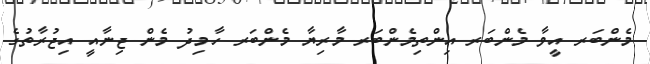
މެންބަރ އީވާ މެންބަރ އިންތިމެންބަރ މާރިޔާ މެންބަރ ހާމިދު މެން ޖިނާއީ އިޖުރާތުގެ